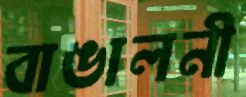
বাঙালনী